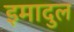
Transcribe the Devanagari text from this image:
इमादुल